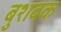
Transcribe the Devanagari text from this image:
बुशबक